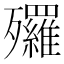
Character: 𣩿